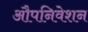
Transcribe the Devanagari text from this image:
औपनिवेशन